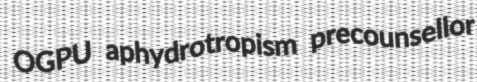
OGPU aphydrotropism precounsellor